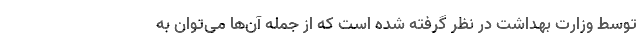
توسط وزارت بهداشت در نظر گرفته شده است که از جمله آن‌ها می‌توان به